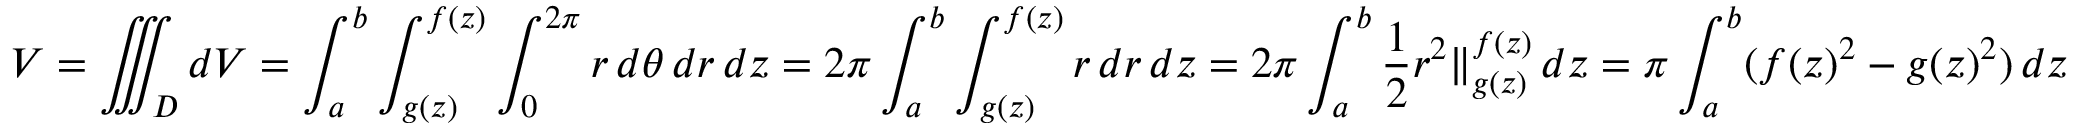
V = \iiint _ { D } d V = \int _ { a } ^ { b } \int _ { g ( z ) } ^ { f ( z ) } \int _ { 0 } ^ { 2 \pi } r \, d \theta \, d r \, d z = 2 \pi \int _ { a } ^ { b } \int _ { g ( z ) } ^ { f ( z ) } r \, d r \, d z = 2 \pi \int _ { a } ^ { b } { \frac { 1 } { 2 } } r ^ { 2 } \Vert _ { g ( z ) } ^ { f ( z ) } \, d z = \pi \int _ { a } ^ { b } ( f ( z ) ^ { 2 } - g ( z ) ^ { 2 } ) \, d z